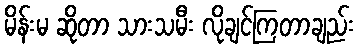
မိန်းမ ဆိုတာ သားသမီး လိုချင်ကြတာချည်း